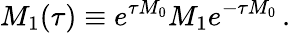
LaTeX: M_{1}(\tau)\equiv e^{\tau M_{0}}M_{1}e^{-\tau M_{0}}\, .